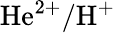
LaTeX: \mathrm{He}^{2+}/\mathrm{H}^{+}